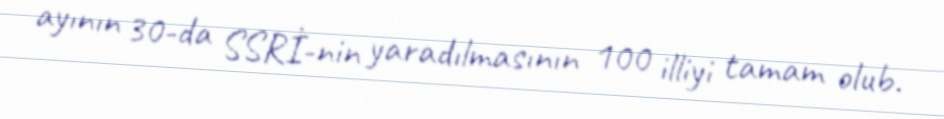
ayının 30-da SSRİ-nin yaradılmasının 100 illiyi tamam olub.